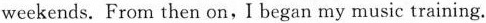
weekends. From then on, I began my music training.